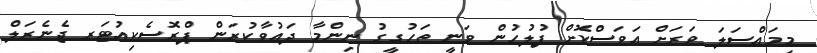
މިމައްސަލަ ވަރަށް އަވަސްކޮށް ފުލުހުން ވަނީ ތަހުގީގު ނިންމާ ދައުވާކުރަން ޕްރޮސެކިއުޓަރ ޖެނެރަލް